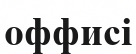
оффисі